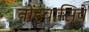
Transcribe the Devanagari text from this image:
नोंइंवासिवे